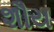
શૌય